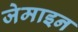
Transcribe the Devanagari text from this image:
जेमाइन